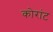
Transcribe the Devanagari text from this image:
कोरांट